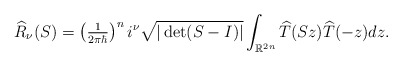
\begin{align*}\widehat{R}_{\nu}(S)=\left( \tfrac{1}{2\pi\hbar}\right) ^{n}i^{\nu}\sqrt{|\det(S-I)|}\int_{\mathbb{R}^{2n}}\widehat{T}(Sz)\widehat{T}(-z)dz.\end{align*}